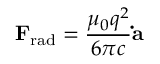
\mathbf { F } _ { \mathrm { r a d } } = { \frac { \mu _ { 0 } q ^ { 2 } } { 6 \pi c } } \mathbf { \dot { a } }